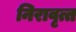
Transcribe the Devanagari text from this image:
निरावृत्त